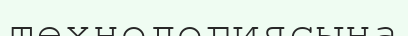
технологиясына